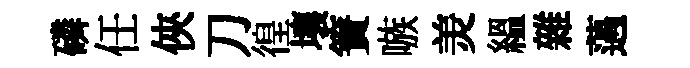
磷任俠刀徨壤簀嗾羙緼雜薖